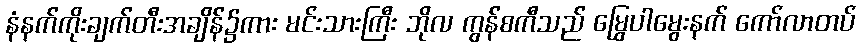
နံနက်ကိုးချက်တီးအချိန်၌ကား မင်းသားကြီး ဘိုလ ကွန်စကီသည် မြွေပါမွေးနက် ကော်လာတပ်